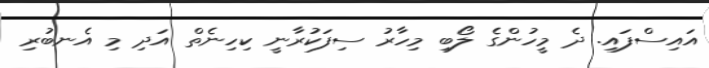
އައިސްފައި. ދެ މީހުންގެ ލޯބި މިހާރު ސިފަކުރާނީ ކިހިނެތް އަދި މި އެނބުރި